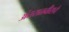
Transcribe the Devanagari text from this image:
अंतराळवीराचे